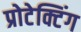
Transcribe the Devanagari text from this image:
प्रोटेक्टिंग